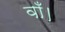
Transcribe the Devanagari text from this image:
वाँ।